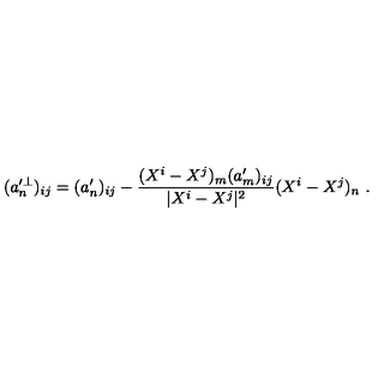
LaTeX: ( a _ { n } ^ { \prime \perp } ) _ { i j } = ( a _ { n } ^ { \prime } ) _ { i j } - \frac { ( X ^ { i } - X ^ { j } ) _ { m } ( a _ { m } ^ { \prime } ) _ { i j } } { | X ^ { i } - X ^ { j } | ^ { 2 } } ( X ^ { i } - X ^ { j } ) _ { n } \ .